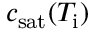
c _ { \mathrm { s a t } } ( T _ { \mathrm { i } } )